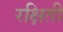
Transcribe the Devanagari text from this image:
रक्षिती